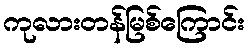
ကုလားတန်မြစ်ကြောင်း